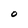
Character: O